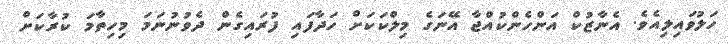
ހަލުވައިލިއެވެ. އެނާޒުކް އަންހެންކުއްޖާ އޭނަގެ މިލްކަކަށް ހަދާފައި ފުރައިގެން ދެވުނުނަމަ މިހިތާމަ ކުރާކަށް